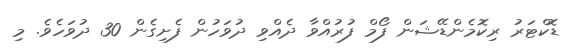
ޑޮކްޓަރު ރިކޮމެންޑޭޝަން ފޯމް ފުރުއްވާ ދެއްވި ދުވަހުން ފެށިގެން 30 ދުވަހެވެ. މި